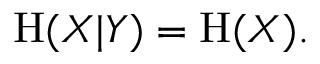
\mathrm { H } ( X | Y ) = \mathrm { H } ( X ) .